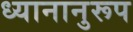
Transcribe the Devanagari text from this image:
ध्यानानुरूप